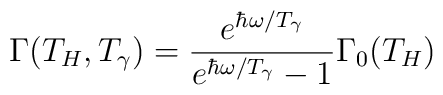
\Gamma(T_H,T_\gamma) ={ e^{\hbar\omega/T_\gamma} \over e^{\hbar\omega/T_\gamma} - 1 }\Gamma_0(T_H)